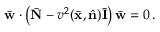
\bar { \bf w } \cdot \left( \bar { \bf N } - v ^ { 2 } ( \bar { \bf x } , \hat { \bf n } ) \bar { \bf I } \right) \bar { \bf w } = 0 \, .